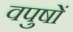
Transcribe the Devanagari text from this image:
वपुषों